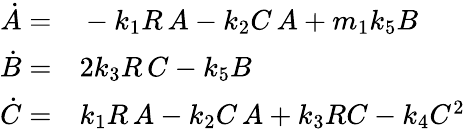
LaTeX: \begin{array}{rl}{\dot{A}=}&{{}-k_{1}R\, A-k_{2}C\, A+m_{1}k_{5}B}\\ {\dot{B}=}&{{}2k_{3}R\, C-k_{5}B}\\ {\dot{C}=}&{{}k_{1}R\, A-k_{2}C\, A+k_{3}RC-k_{4}C^{2}}\end{array}